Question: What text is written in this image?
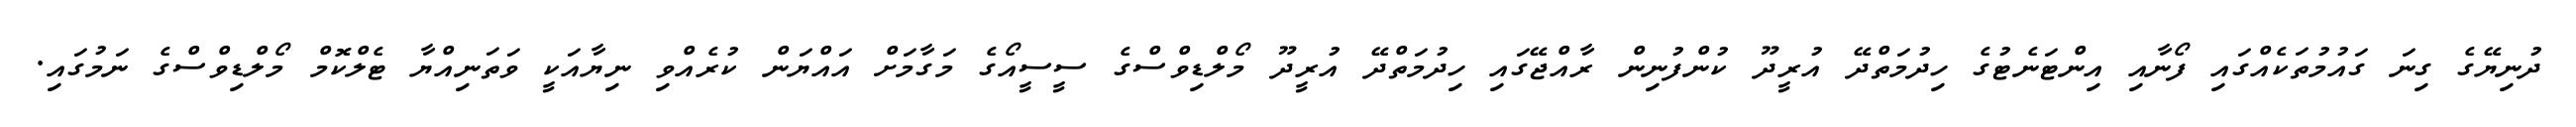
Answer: ދުނިޔޭގެ ގިނަ ގައުމުތަކެއްގައި ފޯނާއި އިންޓަނެޓުގެ ހިދުމަތްދޭ އުރީދޫ ކުންފުނިން ރާއްޖޭގައި ހިދުމަތްދޭ އުރީދޫ މޯލްޑިވްސްގެ ސީސީއޯގެ މަގާމަށް އައްޔަން ކުރެއްވި ނިޔާއަކީ ވަތަނިއްޔާ ޓެލްކޮމް މޯލްޑިވްސްގެ ނަމުގައި.